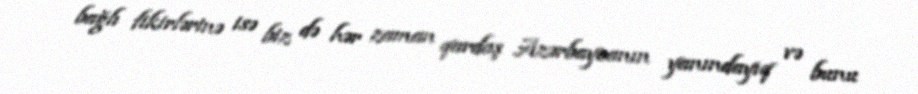
bağlı fikirlərinə isə biz də hər zaman qardaş Azərbaycanın yanındayıq və bunu